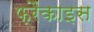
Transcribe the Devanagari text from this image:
फ्रैंकाइस